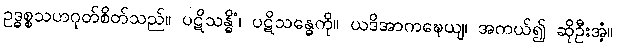
ဥဒ္ဓစ္စသဟဂုတ်စိတ်သည်။ ပဋိသန္ဓိံ၊ ပဋိသန္ဓေကို။ ယဒိအာကဍ္ဎေယျ၊ အကယ်၍ ဆိုဦးအံ့။